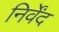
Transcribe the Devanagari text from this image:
निर्वेंद